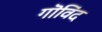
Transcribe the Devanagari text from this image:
गॊविंद